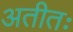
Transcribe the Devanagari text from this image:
अतीतः